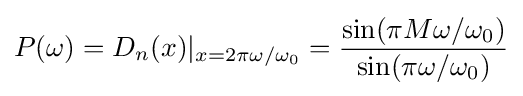
P(\omega )=D_{n}(x)|_{x=2\pi \omega /\omega _{0}}={\sin(\pi M\omega /\omega _{0}) \over \sin(\pi \omega /\omega _{0})}